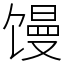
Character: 馒